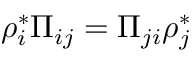
\rho _ { i } ^ { * } \Pi _ { i j } = \Pi _ { j i } \rho _ { j } ^ { * }